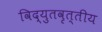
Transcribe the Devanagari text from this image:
विद्युतवृत्तीय